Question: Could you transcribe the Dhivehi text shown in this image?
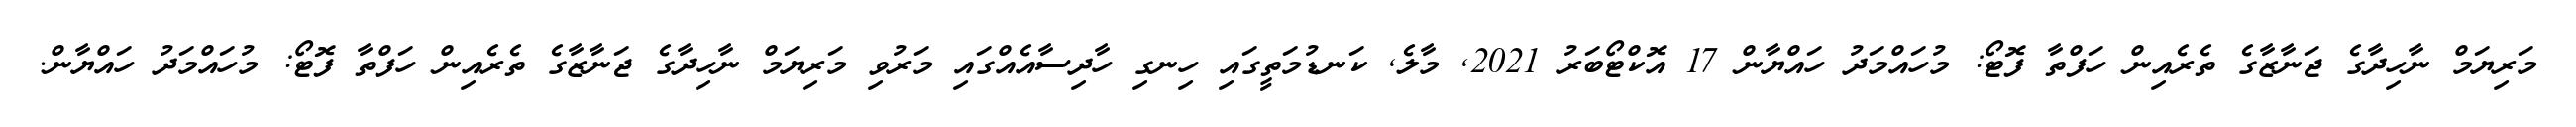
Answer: މަރިޔަމް ނާހިދާގެ ޖަނާޒާގެ ތެރެއިން ހަފްތާ ފޮޓޯ: މުހައްމަދު ހައްޔާން 17 އޮކްޓޯބަރު 2021, މާލެ, ކަނޑުމަތީގައި ހިނގި ހާދިސާއެއްގައި މަރުވި މަރިޔަމް ނާހިދާގެ ޖަނާޒާގެ ތެރެއިން ހަފްތާ ފޮޓޯ: މުހައްމަދު ހައްޔާން.